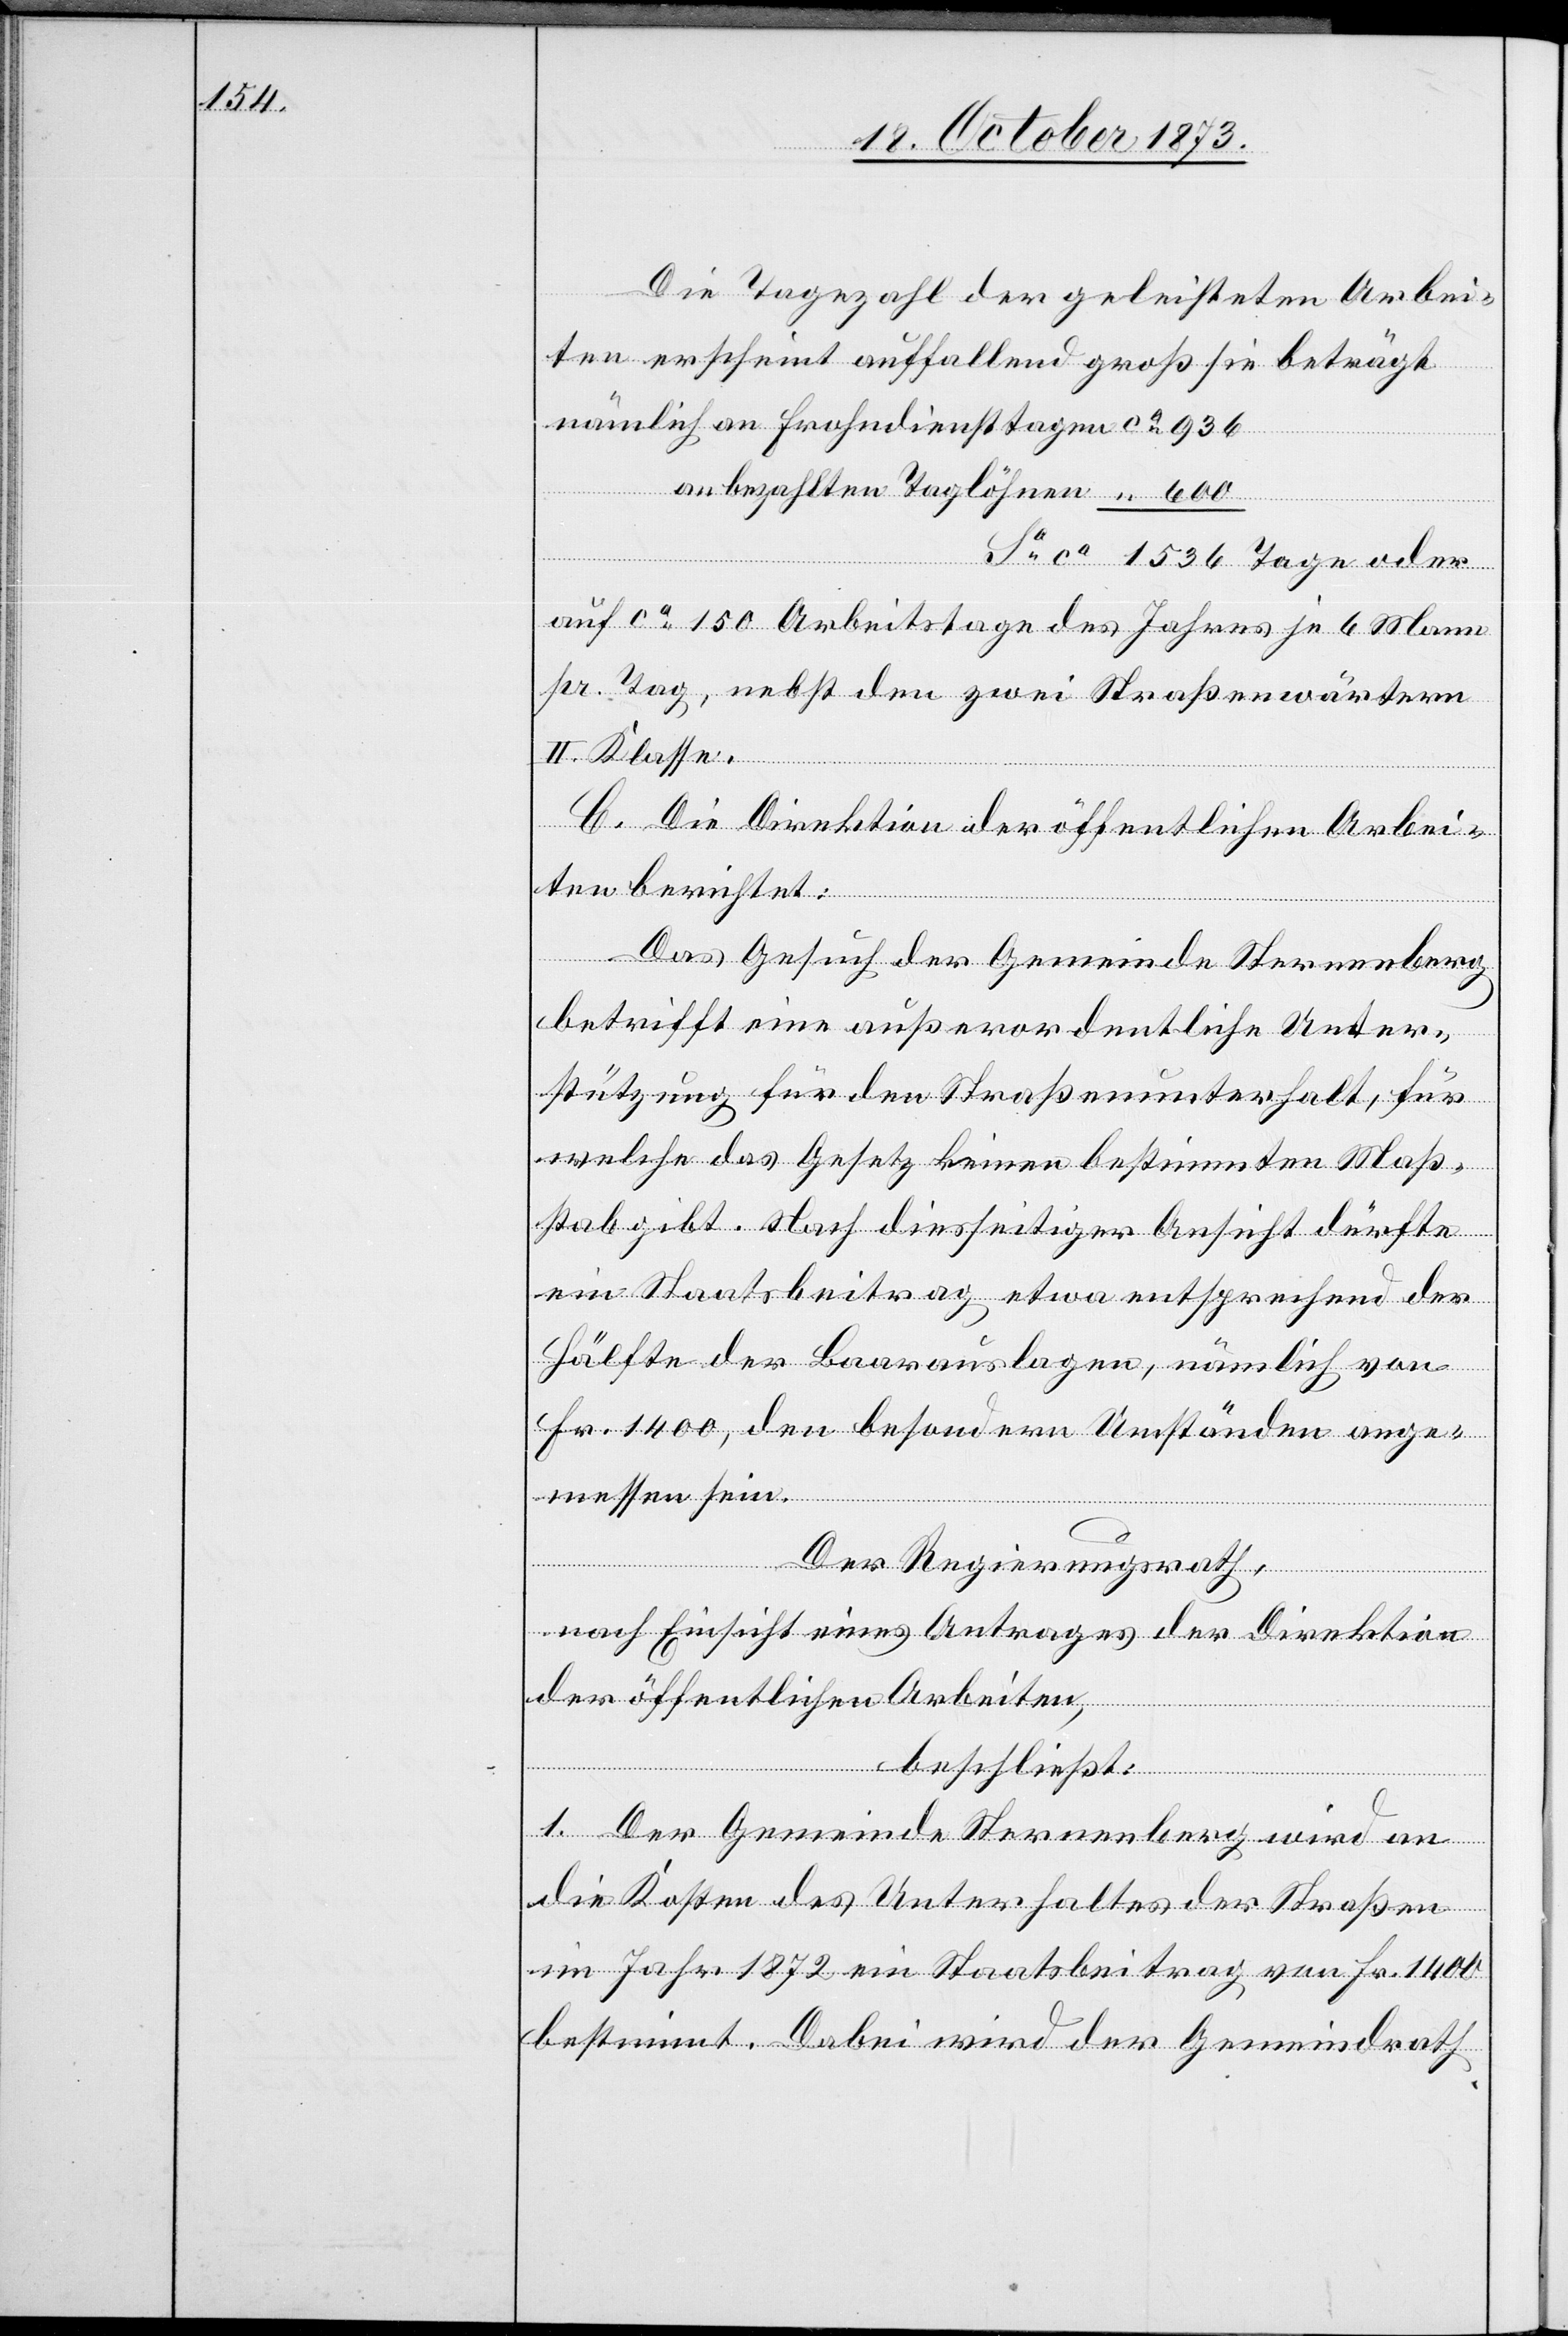
Die Tagezahl der geleisteten Arbei¬
ten erscheint auffallend groß sie beträgt
nämlich an Frohndiensttagen ca 936
an bezahlten Taglöhnen “ 600
Sa ca 1 536 Tage oder
auf ca 150 Arbeitstage des Jahres je 6 Mann
pr. Tag, nebst den zwei Straßenwärtern
II. Klasse.
C. Die Direktion der öffentlichen Arbei¬
ten berichtet:
Das Gesuch der Gemeinde Sternenberg
betrifft eine außerordentliche Unter¬
stützung für den Straßenunterhalt, für
welche das Gesetz keinen bestimmten Maß¬
stab gibt. Nach diesseitiger Ansicht dürfte
ein Staatsbeitrag etwa entsprechend der
Hälfte der Baarauslagen, nämlich von
Fr. 1 400, den besondern Umständen ange¬
messen sein.
Der Regierungsrath,
nach Einsicht eines Antrages der Direktion
der öffentlichen Arbeiten,
beschließt:
1. Der Gemeinde Sternenberg wird an
die Kosten des Unterhaltes der Straßen
im Jahr 1872 ein Staatsbeitrag von Fr. 1 400
bestimmt. Dabei wird der Gemeindrath